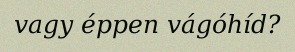
vagy éppen vágóhíd?